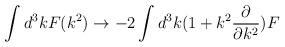
LaTeX: \begin{align*}\int d^3k F(k^2) \rightarrow -2\int d^3k(1+k^2 \frac{\partial}{\partial k^2})F\end{align*}